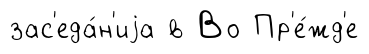
зас'еда́н'иjа в Во Пр'е́жд'е